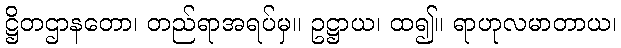
ဋ္ဌိတဌာနတော၊ တည်ရာအရပ်မှ။ ဥဋ္ဌာယ၊ ထ၍။ ရာဟုလမာတာယ၊